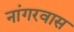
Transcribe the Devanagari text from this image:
नांगरवास